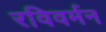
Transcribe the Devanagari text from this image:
रविवर्मन